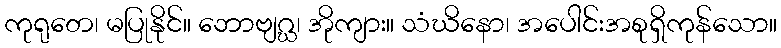
ကုရုတေ၊ မပြုနိုင်။ ဘောဗျဂ္ဃ၊ အိုကျား။ သံဃိနော၊ အပေါင်းအစုရှိကုန်သော။